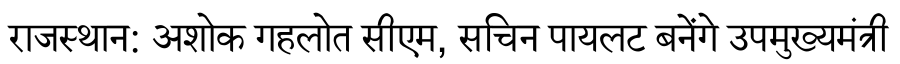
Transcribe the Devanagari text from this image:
राजस्थान: अशोक गहलोत सीएम, सचिन पायलट बनेंगे उपमुख्यमंत्री